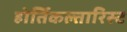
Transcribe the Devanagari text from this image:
होर्तिकल्तारिस्ट